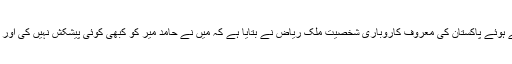
معروف اینکر حامد میر کی حمایت میں پیغام جاری کرتے ہوئے پاکستان کی معروف کاروباری شخصیت ملک ریاض نے بتایا ہے کہ میں نے حامد میر کو کبھی کوئی پیشکش نہیں کی اور نہ ہی اس نے کبھی مجھ سے کبھی کوئی فائدہ حاصل کیا۔